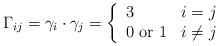
LaTeX: \begin{align*}\Gamma_{ij} = \gamma_i \cdot \gamma_j = \left\{ \begin{array}{ll} 3 & i=j \\ 0 \textrm{ or } 1 & i \ne j \end{array} \right.\end{align*}